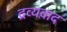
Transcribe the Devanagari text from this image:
द्रव्यवाद